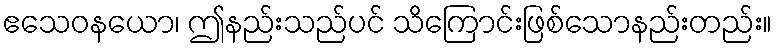
ဧသေဝနယော၊ ဤနည်းသည်ပင် သိကြောင်းဖြစ်သောနည်းတည်း။